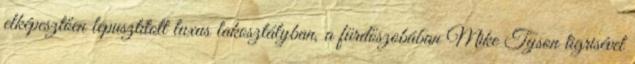
elképesztően lepusztított luxus lakosztályban, a fürdőszobában Mike Tyson tigrisével